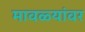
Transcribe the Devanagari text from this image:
मावळ्यांवर